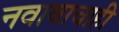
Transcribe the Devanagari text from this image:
नवाबाचाही